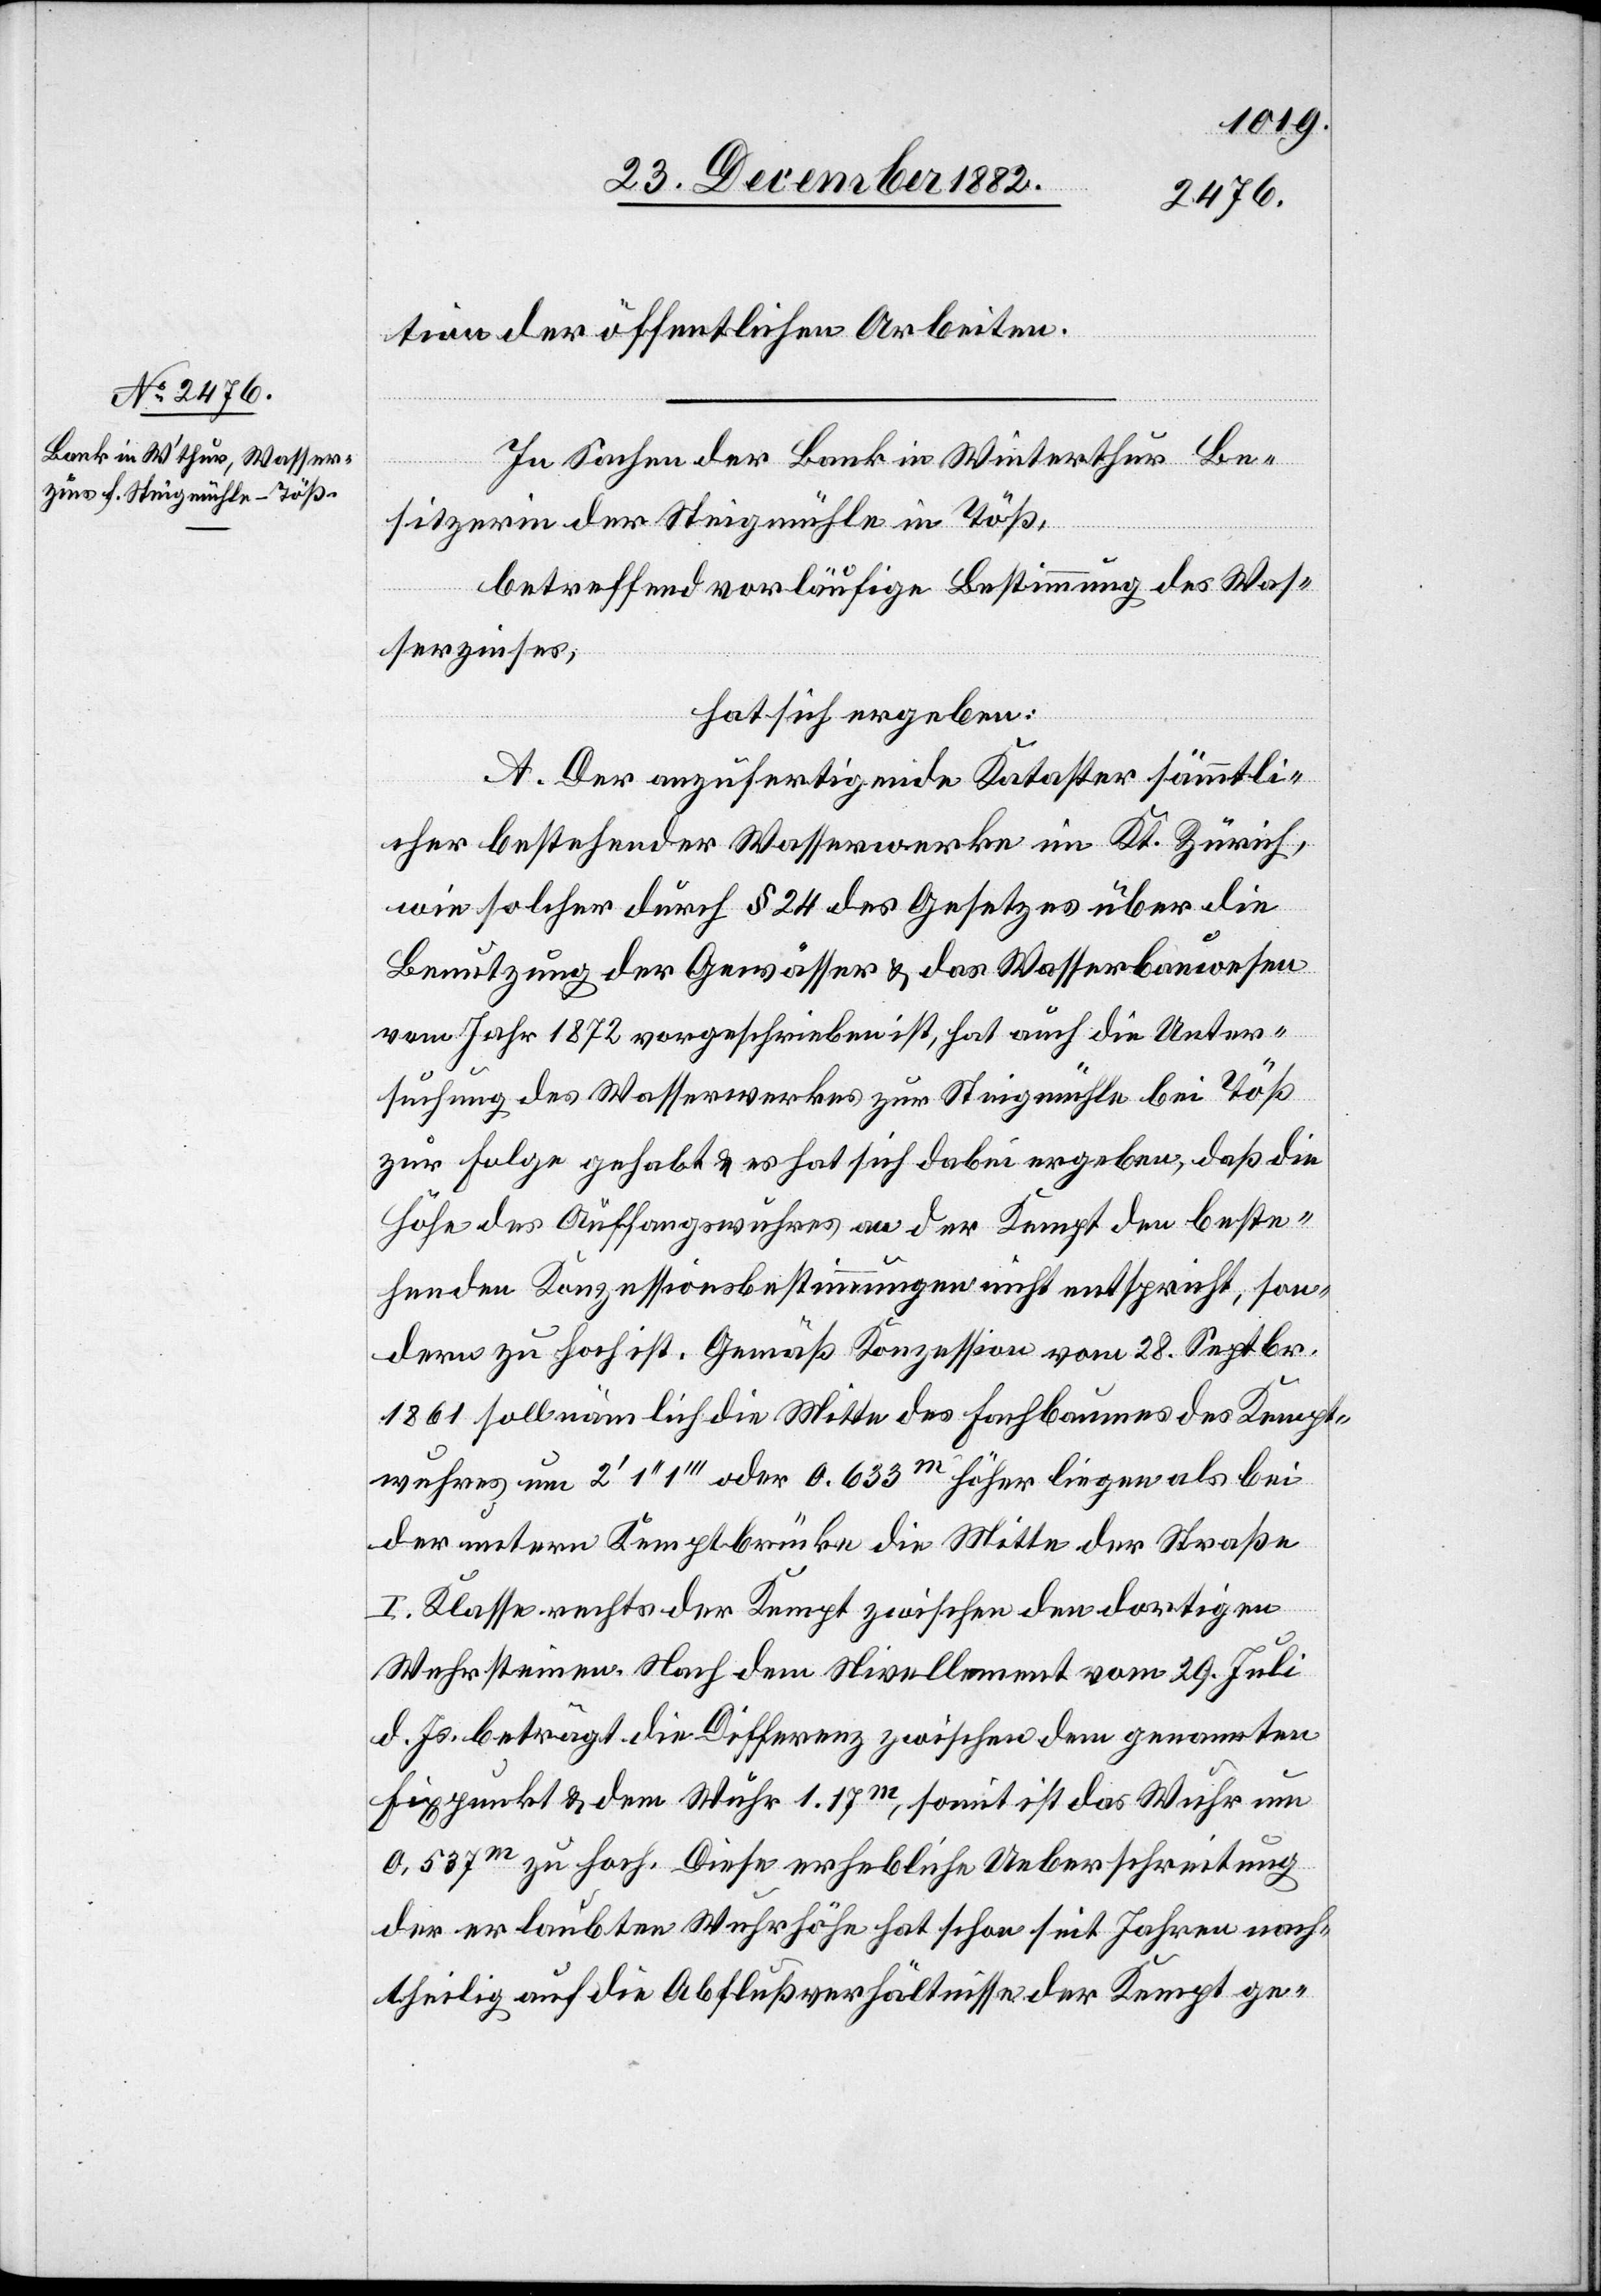
tion der öffentlichen Arbeiten.
In Sachen der Bank in Winterthur Be¬
sitzerin der Steigmühle in Töß,
betreffend vorläufige Bestimmung des Was¬
serzinses,
hat sich ergeben:
A. Der anzufertigende Kataster sämmtli¬
cher bestehender Wasserwerke im Kt. Zürich,
wie solcher durch § 24 des Gesetzes über die
Benutzung der Gewässer & das Wasserbauwesen
vom Jahr 1872 vorgeschrieben ist, hat auch die Unter¬
suchung des Wasserwerkes zur Steigmühle bei Töß
zur Folge gehabt & es hat sich dabei ergeben, daß die
Höhe des Auffangswuhres an der Kempt den beste¬
henden Konzessionsbestimmungen nicht entspricht, son¬
dern zu hoch ist. Gemäß Konzession vom 28. Septbr.
1861 soll nämlich die Mitte des Fachbaumes des Kempt¬
wuhres um 2‘ 1‘‘ 1‘‘‘ oder 0.633m höher liegen als bei
der untern Kemptbrücke die Mitte der Straße
I. Klasse rechts der Kempt zwischen den dortigen
Wuhrsteinen. Nach dem Nivellement vom 29. Juli
d. Js. beträgt die Differenz zwischen dem genannten
Fixpunkt & dem Wuhr 1.17m, somit ist das Wuhr um
0,537m zu hoch. Diese erhebliche Ueberschreitung
der erlaubten Wuhrhöhe hat schon seit Jahren nach¬
theilig auf die Abflußverhältnisse der Kempt ge-